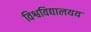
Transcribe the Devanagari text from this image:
विश्वविद्यालयय